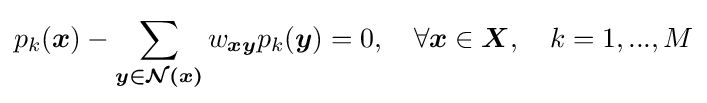
p_{k}({\boldsymbol {x}})-\sum _{\boldsymbol {y\in {\mathcal {N}}(x)}}w_{\boldsymbol {xy}}p_{k}({\boldsymbol {y}})=0,\quad \forall {{\boldsymbol {x}}\in {\boldsymbol {X}}},\quad k=1,...,M